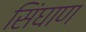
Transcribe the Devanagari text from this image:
सिंघाण